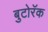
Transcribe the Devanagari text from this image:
बुटोरॅक